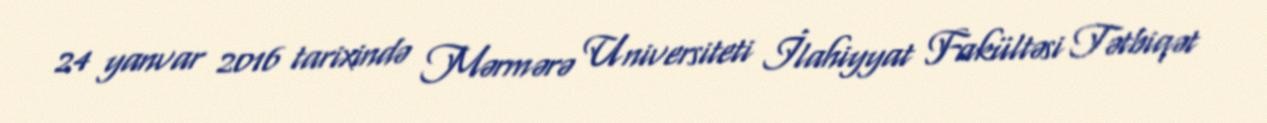
24 yanvar 2016 tarixində Mərmərə Universiteti İlahiyyat Fakültəsi Tətbiqət